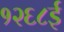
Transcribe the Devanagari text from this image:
१२६८ई